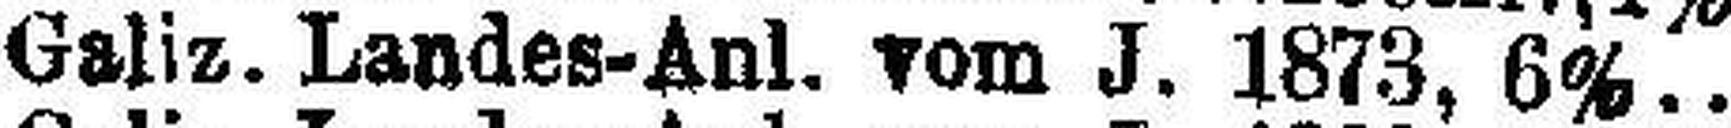
Galiz. Landes-Anl. vom J. 1873, 6%..